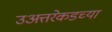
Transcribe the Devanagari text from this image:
उअत्तरेकडच्या